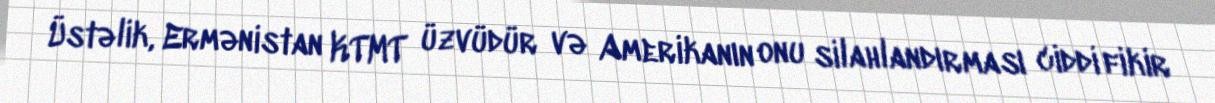
Üstəlik, Ermənistan KTMT üzvüdür və Amerikanın onu silahlandırması ciddi fikir